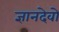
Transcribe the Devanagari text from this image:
ज्ञानदेवो